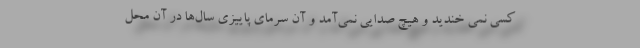
کسی نمی خندید و هیچ صدایی نمی‌آمد و آن سرمای پاییزی سال‌ها در آن محل